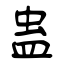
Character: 蛊